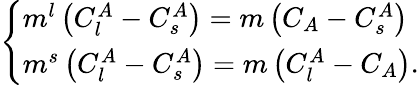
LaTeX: \left\{ \begin{array}{l}{m^{l}\left(C_{l}^{A}-C_{s}^{A}\right)=m\left(C_{A}-C_{s}^{A}\right)}\\ {m^{s}\left(C_{l}^{A}-C_{s}^{A}\right)=m\left(C_{l}^{A}-C_{A}\right).}\end{array}\right.